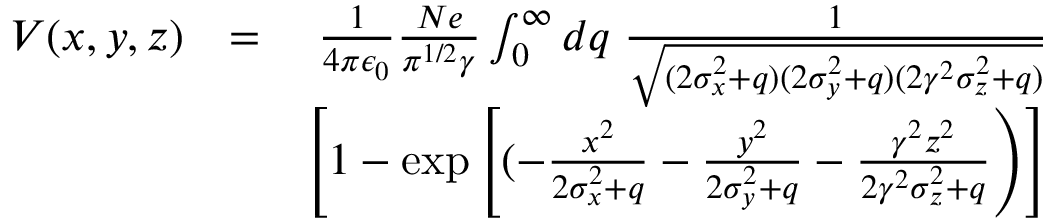
\begin{array} { r l r } { V ( x , y , z ) } & { = } & { \frac { 1 } { 4 \pi \epsilon _ { 0 } } \frac { N e } { \pi ^ { 1 / 2 } \gamma } \int _ { 0 } ^ { \infty } d q \; \frac { 1 } { \sqrt { ( 2 \sigma _ { x } ^ { 2 } + q ) ( 2 \sigma _ { y } ^ { 2 } + q ) ( 2 \gamma ^ { 2 } \sigma _ { z } ^ { 2 } + q ) } } } \\ & { } & { \left[ 1 - \exp \left[ ( - \frac { x ^ { 2 } } { 2 \sigma _ { x } ^ { 2 } + q } - \frac { y ^ { 2 } } { 2 \sigma _ { y } ^ { 2 } + q } - \frac { \gamma ^ { 2 } z ^ { 2 } } { 2 \gamma ^ { 2 } \sigma _ { z } ^ { 2 } + q } \right) \right] } \end{array}